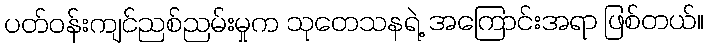
ပတ်ဝန်းကျင်ညစ်ညမ်းမှုက သုတေသနရဲ့ အကြောင်းအရာ ဖြစ်တယ်။